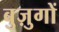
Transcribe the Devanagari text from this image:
बुज़ुगों